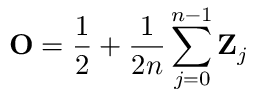
\mathbf { O } = \frac { 1 } { 2 } + \frac { 1 } { 2 n } \sum _ { j = 0 } ^ { n - 1 } \mathbf { Z } _ { j }